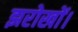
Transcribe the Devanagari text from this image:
झरोखों।